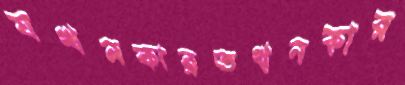
যখনকারতখনকার